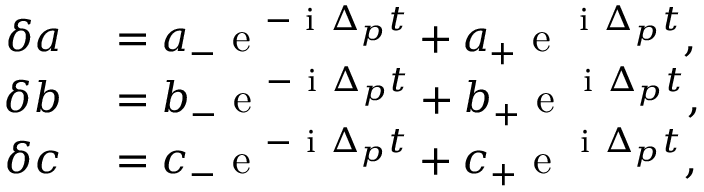
\begin{array} { r l } { \delta a } & { { } = a _ { - } \mathrm { ~ e ~ } ^ { - \mathrm { ~ i ~ } \Delta _ { p } t } + a _ { + } \mathrm { ~ e ~ } ^ { \mathrm { ~ i ~ } \Delta _ { p } t } , } \\ { \delta b } & { { } = b _ { - } \mathrm { ~ e ~ } ^ { - \mathrm { ~ i ~ } \Delta _ { p } t } + b _ { + } \mathrm { ~ e ~ } ^ { \mathrm { ~ i ~ } \Delta _ { p } t } , } \\ { \delta c } & { { } = c _ { - } \mathrm { ~ e ~ } ^ { - \mathrm { ~ i ~ } \Delta _ { p } t } + c _ { + } \mathrm { ~ e ~ } ^ { \mathrm { ~ i ~ } \Delta _ { p } t } , } \end{array}